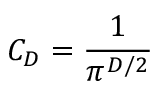
C _ { D } = \frac { 1 } { \pi ^ { D / 2 } }